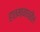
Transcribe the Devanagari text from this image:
हातमागावरील